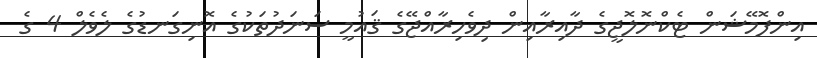
އިންފޮމޭޝަން ޓެކްނޮލޮޖީގެ ދާއިރާއިން ދިވެހިރާއްޖޭގެ ޤައުމީ ސަނަދުތަކުގެ އޮނިގަނޑުގެ ލެވެލް 4 ގެ